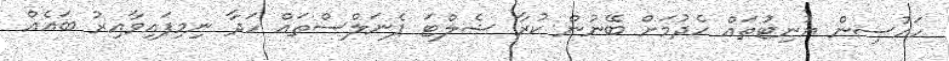
ހައުސިން ޔުނިޓުތައް ހެދުމަށް ބޭނުން ކުރާ ޝެލްޓަ ޕެނަލްސްތައް ހަދާ ނިމިފައިވާއިރު ބައެއް